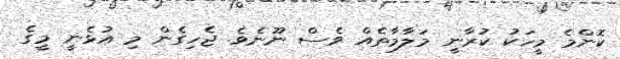
ކޮންމެ މީހަކު ކުރާނީ މަލާމާތެއް ވެސް ނޫނެވެ. ޖެހިގެން މި އުޅެނީ މީގެ